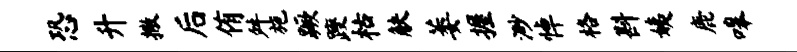
恐升撒后侑舛施蹶躞枯觖萎握渺悼格斟姨鹿嗥